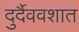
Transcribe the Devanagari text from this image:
दुर्दैववशात